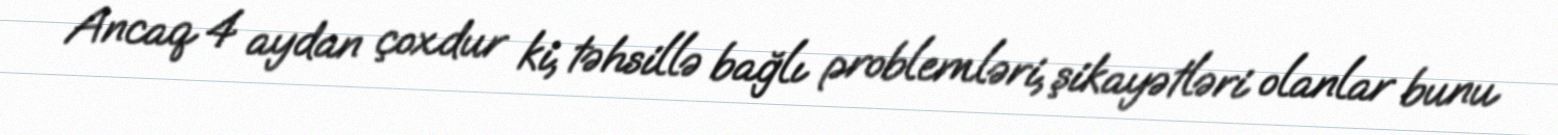
Ancaq 4 aydan çoxdur ki, təhsillə bağlı problemləri, şikayətləri olanlar bunu